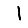
Digit: 1